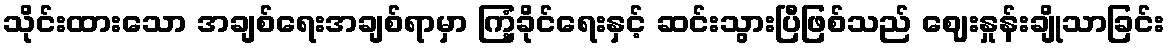
သိုင်းထားသော အချစ်ရေးအချစ်ရာမှာ ကြံ့ခိုင်ရေးနှင့် ဆင်းသွားပြီဖြစ်သည် ဈေးနှုန်းချိုသာခြင်း